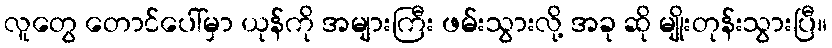
လူတွေ တောင်ပေါ်မှာ ယုန်ကို အများကြီး ဖမ်းသွားလို့ အခု ဆို မျိုးတုန်းသွားပြီ။